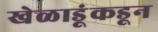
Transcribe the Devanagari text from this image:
खेळाडूंकडून